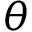
\theta